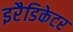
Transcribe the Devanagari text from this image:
इरैडिकेटर